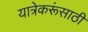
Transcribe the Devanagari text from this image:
यात्रेकरूंसाठी